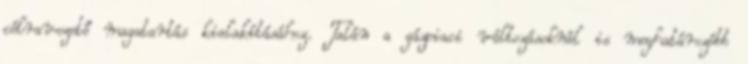
célravezető magatartás kialakításához. Talán a gázpiaci változásoknál is meghatározóbb